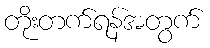
တိုးတက်ရန်အတွက်